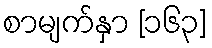
စာမျက်နှာ [၁၆၃]